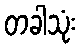
တခါသုံး